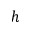
h